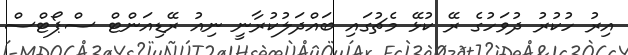
އިރު ހުކުރު ދުވަހުގެ ރޭ ކުޅޭ މެޗުގައި ބައްދަލުކުރާނީ ނިއު ރޭޑިއަންޓް ސްޕޯޓްސް